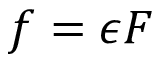
f = \epsilon F